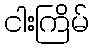
ငါးကြိမ်